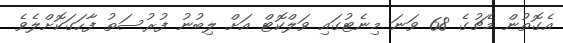
އެގޮތުން މެޗުގެ 68 ވަނަ މިނެޓުގައި ވަލްކޮޓް އަށް ލިބުނު ފުރުސަތު ފާހަގަކޮށްލެވެ